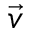
\vec { v }